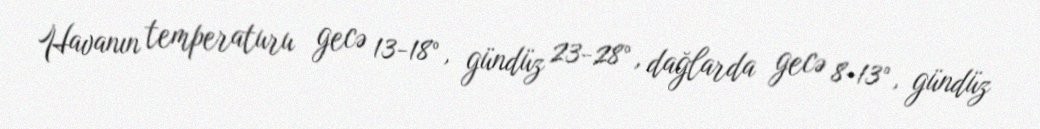
Havanın temperaturu gecə 13-18°, gündüz 23-28°, dağlarda gecə 8-13°, gündüz